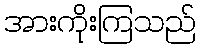
အားကိုးကြသည်